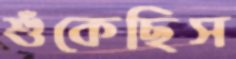
শুঁকেছিস